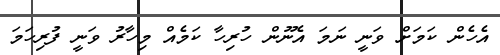
އެހެން ކަމަށް ވަނީ ނަމަ އެނޫން ހުރިހާ ކަމެއް މިހާރު ވަނީ ފުރިހަމަ